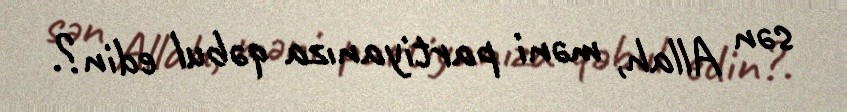
sən Allah, məni partiyanıza qəbul edin?.